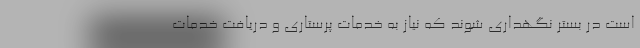
است در بستر نگهداری شوند که نیاز به خدمات پرستاری و دریافت خدمات